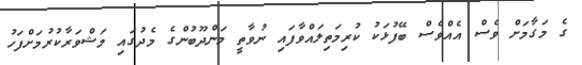
ގެ މަގާމަށް ވެސް އެއްވެސް ބޭފުޅަކު ކުރިމަތިލައްވާފައި ނުވާތީ މަންދޫބުންގެ މެދުގައި މަޝްވަރާކުރުމަށްފަހު